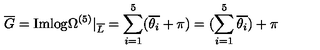
\overline { { G } } = \mathrm { I m l o g } \Omega ^ { ( 5 ) } | _ { \overline { { L } } } = \sum _ { i = 1 } ^ { 5 } ( \overline { { \theta _ { i } } } + \pi ) = ( \sum _ { i = 1 } ^ { 5 } \overline { { \theta _ { i } } } ) + \pi